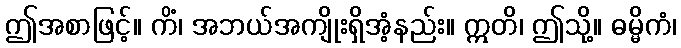
ဤအစာဖြင့်။ ကိံ၊ အဘယ်အကျိုးရှိအံ့နည်း။ ဣတိ၊ ဤသို့။ ဓမ္မိကံ၊